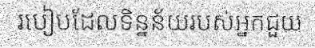
របៀបដែលទិន្នន័យរបស់អ្នកជួយ